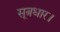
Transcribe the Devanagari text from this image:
सूत्रधार।